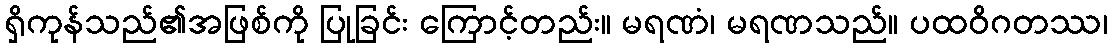
ရှိကုန်သည်၏အဖြစ်ကို ပြုခြင်း ကြောင့်တည်း။ မရဏံ၊ မရဏသည်။ ပထဝိဂတဿ၊